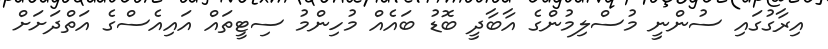
އިރާގުގައި ސުންނީ މުސްލިމުންގެ އާބާދީ ބޮޑު ބައެއް މުހިންމު ސިޓީތައް އައިއެސްގެ އަތްދަށަށް